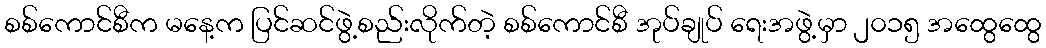
စစ်ကောင်စီက မနေ့က ပြင်ဆင်ဖွဲ့စည်းလိုက်တဲ့ စစ်ကောင်စီ အုပ်ချုပ် ရေးအဖွဲ့မှာ ၂၀၁၅ အထွေထွေ